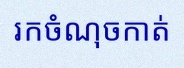
រកចំណុចកាត់